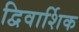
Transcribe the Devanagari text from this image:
द्विवार्शिक